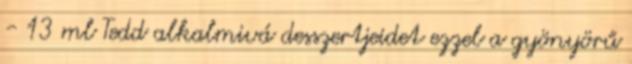
- 13 ml Tedd alkalmivá desszertjeidet ezzel a gyönyörű